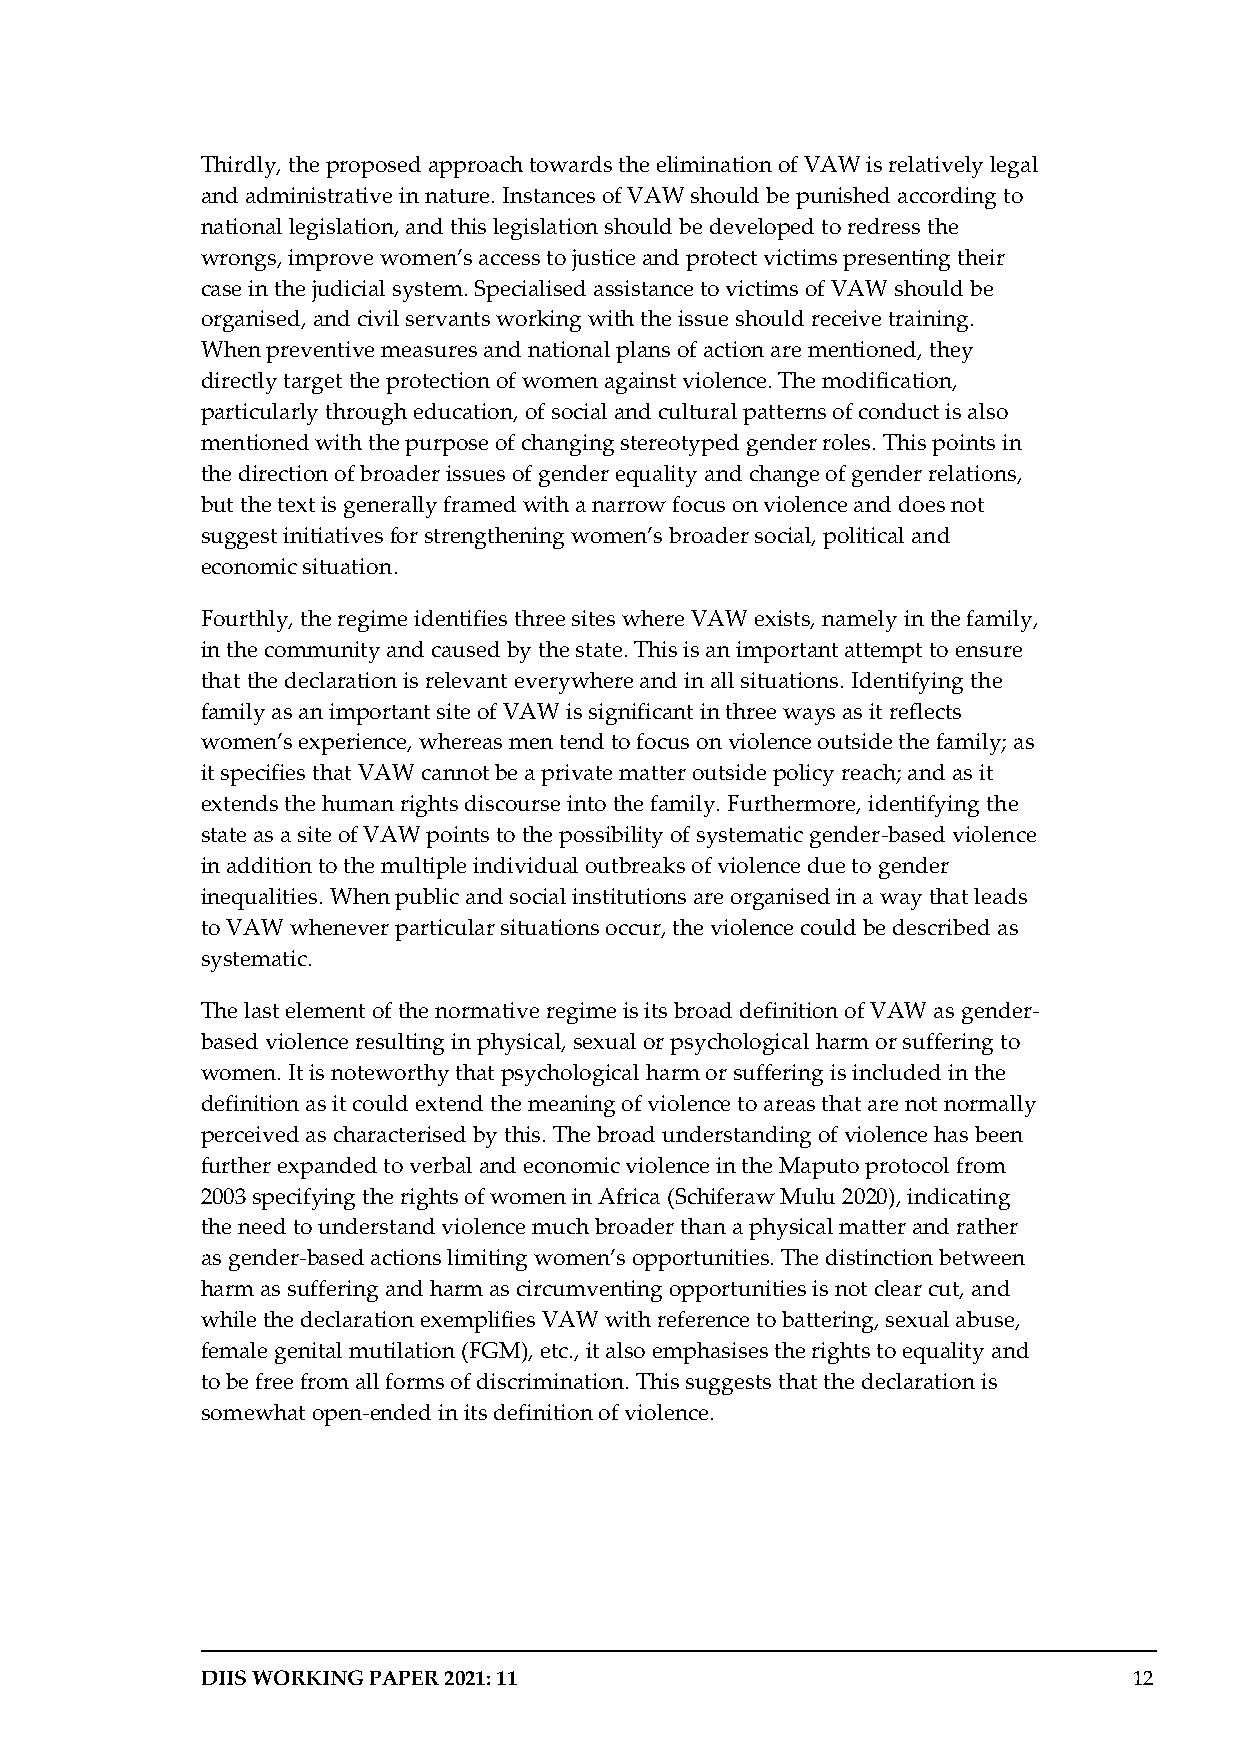
Thirdly, the proposed approach towards the elimination of VAW is relatively legal
 and administrative in nature. Instances of VAW should be punished according to
 national legislation, and this legislation should be developed to redress the
 wrongs, improve women’s access to justice and protect victims presenting their
 case in the judicial system. Specialised assistance to victims of VAW should be
 organised, and civil servants working with the issue should receive training.
 When preventive measures and national plans of action are mentioned, they
 directly target the protection of women against violence. The modification,
 particularly through education, of social and cultural patterns of conduct is also
 mentioned with the purpose of changing stereotyped gender roles. This points in
 the direction of broader issues of gender equality and change of gender relations,
 but the text is generally framed with a narrow focus on violence and does not
 suggest initiatives for strengthening women’s broader social, political and
 economic situation.
 Fourthly, the regime identifies three sites where VAW exists, namely in the family,
 in the community and caused by the state. This is an important attempt to ensure
 that the declaration is relevant everywhere and in all situations. Identifying the
 family as an important site of VAW is significant in three ways as it reflects
 women’s experience, whereas men tend to focus on violence outside the family; as
 it specifies that VAW cannot be a private matter outside policy reach; and as it
 extends the human rights discourse into the family. Furthermore, identifying the
 state as a site of VAW points to the possibility of systematic gender-based violence
 in addition to the multiple individual outbreaks of violence due to gender
 inequalities. When public and social institutions are organised in a way that leads
 to VAW whenever particular situations occur, the violence could be described as
 systematic.
 The last element of the normative regime is its broad definition of VAW as gender-
 based violence resulting in physical, sexual or psychological harm or suffering to
 women. It is noteworthy that psychological harm or suffering is included in the
 definition as it could extend the meaning of violence to areas that are not normally
 perceived as characterised by this. The broad understanding of violence has been
 further expanded to verbal and economic violence in the Maputo protocol from
 2003 specifying the rights of women in Africa (Schiferaw Mulu 2020), indicating
 the need to understand violence much broader than a physical matter and rather
 as gender-based actions limiting women’s opportunities. The distinction between
 harm as suffering and harm as circumventing opportunities is not clear cut, and
 while the declaration exemplifies VAW with reference to battering, sexual abuse,
 female genital mutilation (FGM), etc., it also emphasises the rights to equality and
 to be free from all forms of discrimination. This suggests that the declaration is
 somewhat open-ended in its definition of violence.
 DIIS WORKING PAPER 2021: 11                                   12